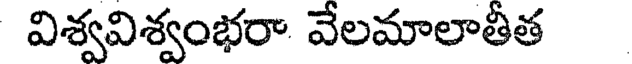
విశ్వవిశ్వంభరా వేలమాలాతీత